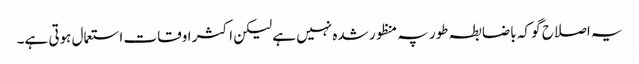
یہ اصلاح گو کہ باضابطہ طور پہ منظور شدہ نہیں ہے لیکن اکثر اوقات استعمال ہوتی ہے۔